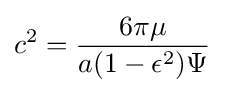
c^{2}={\frac {6\pi \mu }{a(1-\epsilon ^{2})\Psi }}